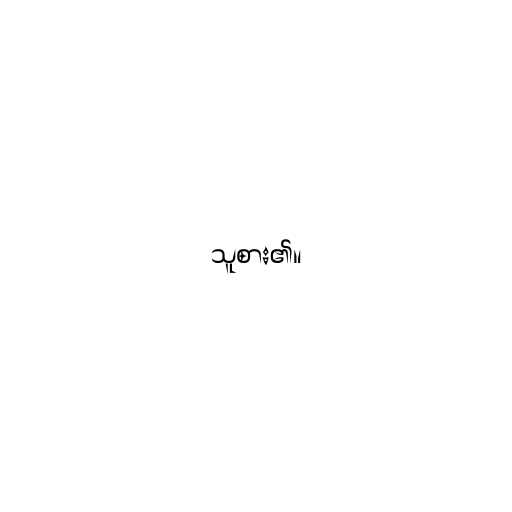
သူစား၏။